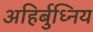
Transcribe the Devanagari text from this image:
अहिर्बुध्निय